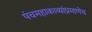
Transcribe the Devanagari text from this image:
पंचमहाकाव्यांप्रमाणेच